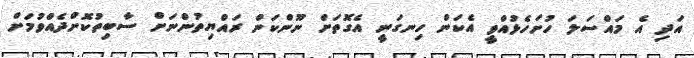
އަދި އެ މައްސަލަ ހުށަހެޅުއްވީ އެކަން ހިނގަނީ އެގޮތަށް ނޫންކަން ރައްޔިތުންނަށް ސާބިތުކޮށްދެއްވުމަށް